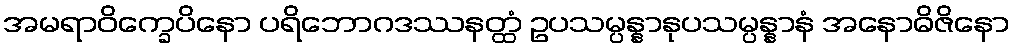
အမရာဝိက္ခေပိနော ပရိဘောဂဒဿနတ္ထံ ဥပသမ္ပန္နာနုပသမ္ပန္နာနံ အနောဓိဇိနော